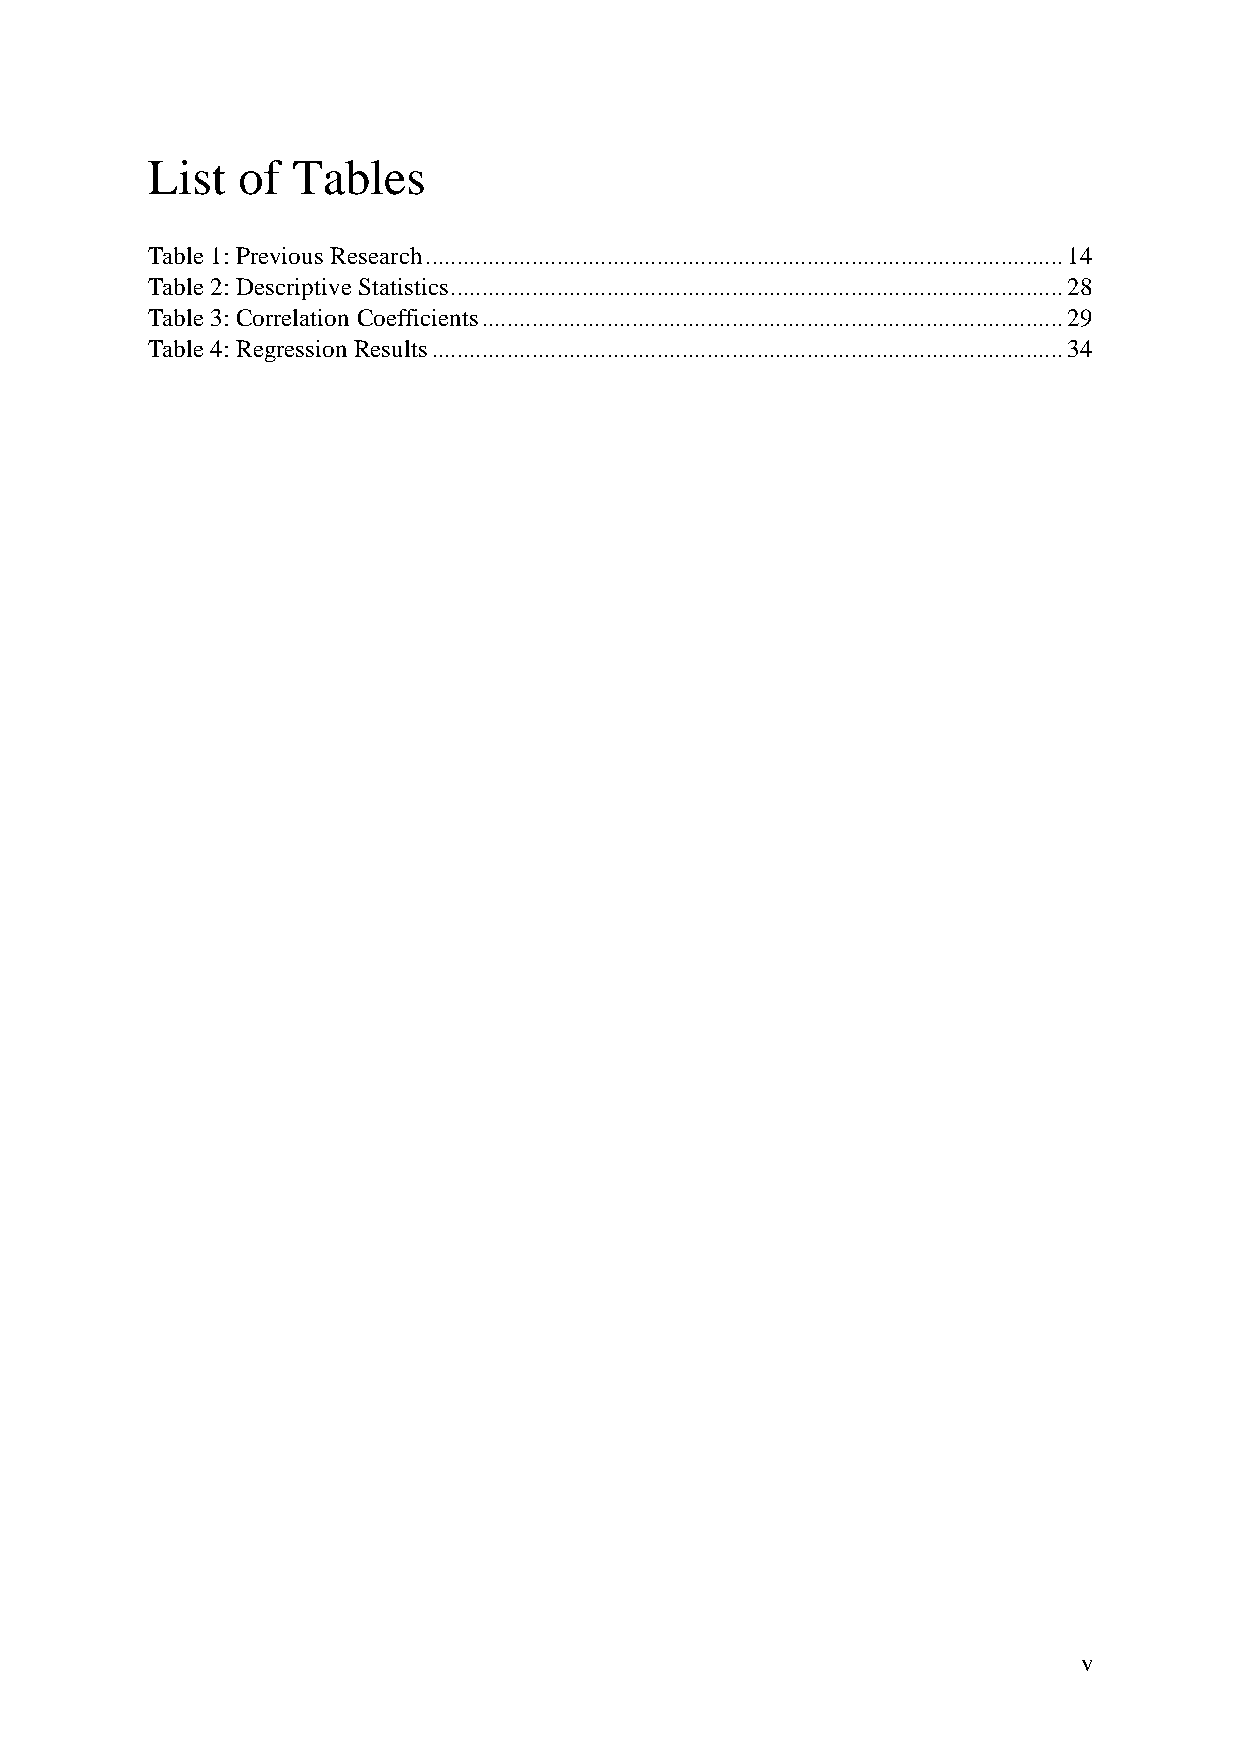
List  of Tables
 Table 1: Previous Research ...................................................................................................... 14
 Table 2: Descriptive Statistics .................................................................................................. 28
 Table 3: Correlation Coefficients ............................................................................................. 29
 Table 4: Regression Results ..................................................................................................... 34
 v